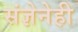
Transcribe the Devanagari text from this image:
संज्ञेनेही